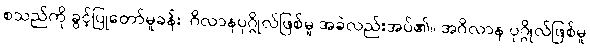
စသည်ကို ခွင့်ပြုတော်မူခန်း၊ ဂိလာနပုဂ္ဂိုလ်ဖြစ်မူ အခဲလည်းအပ်၏။ အဂိလာန ပုဂ္ဂိုလ်ဖြစ်မူ